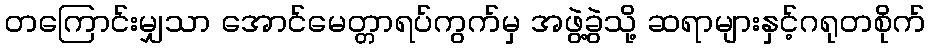
တကြောင်းမျှသာ အောင်မေတ္တာရပ်ကွက်မှ အဖွဲ့ခွဲသို့ ဆရာများနှင့်ဂရုတစိုက်